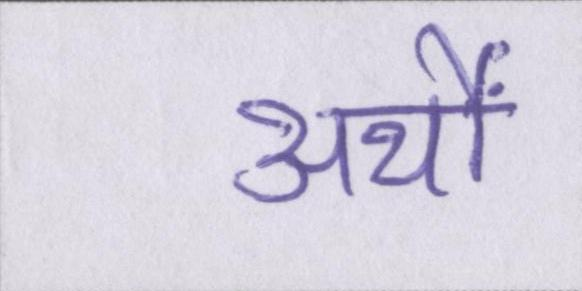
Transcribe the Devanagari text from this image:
अर्थों